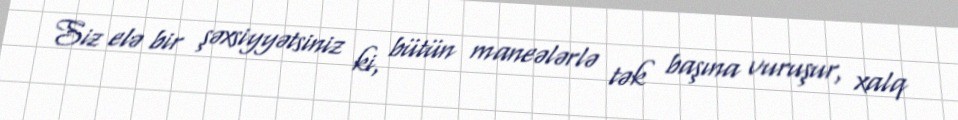
Siz elə bir şəxsiyyətsiniz ki, bütün maneələrlə tək başına vuruşur, xalq